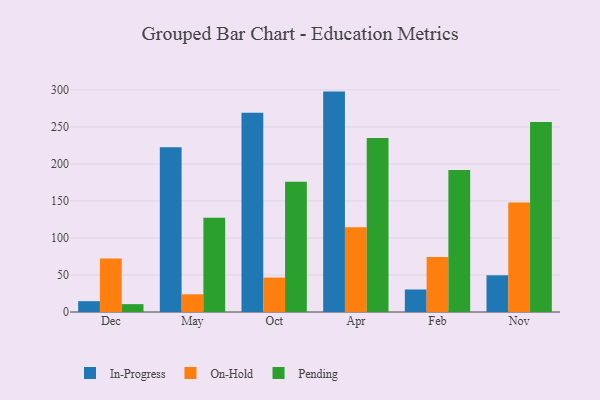
{"axis": {"x": "Month", "y": "Net Income (USD K)"}, "legend": ["In-Progress", "On-Hold", "Pending"], "data": [{"x": "Dec", "y": 14.6, "type": "In-Progress"}, {"x": "Dec", "y": 72.1, "type": "On-Hold"}, {"x": "Dec", "y": 10.6, "type": "Pending"}, {"x": "May", "y": 222.7, "type": "In-Progress"}, {"x": "May", "y": 23.9, "type": "On-Hold"}, {"x": "May", "y": 127.3, "type": "Pending"}, {"x": "Oct", "y": 269.0, "type": "In-Progress"}, {"x": "Oct", "y": 46.5, "type": "On-Hold"}, {"x": "Oct", "y": 176.1, "type": "Pending"}, {"x": "Apr", "y": 297.7, "type": "In-Progress"}, {"x": "Apr", "y": 114.4, "type": "On-Hold"}, {"x": "Apr", "y": 235.1, "type": "Pending"}, {"x": "Feb", "y": 30.4, "type": "In-Progress"}, {"x": "Feb", "y": 74.4, "type": "On-Hold"}, {"x": "Feb", "y": 191.9, "type": "Pending"}, {"x": "Nov", "y": 49.6, "type": "In-Progress"}, {"x": "Nov", "y": 147.8, "type": "On-Hold"}, {"x": "Nov", "y": 256.7, "type": "Pending"}]}